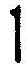
1